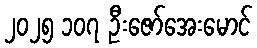
၂၀၂၅ ၁၀၇ ဦးဇော်အေးမောင်